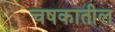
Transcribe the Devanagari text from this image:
चषकातील